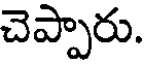
చెప్పారు.